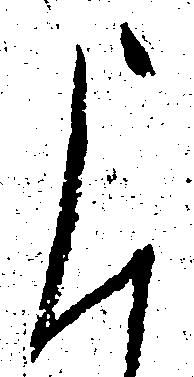
申